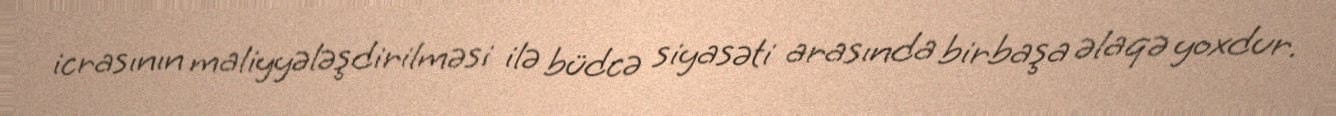
icrasının maliyyələşdirilməsi ilə büdcə siyasəti arasında birbaşa əlaqə yoxdur.